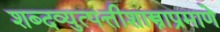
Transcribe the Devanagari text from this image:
शब्दव्युत्पत्तीशास्त्राप्रमाणे